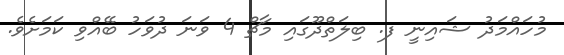
މުހައްމަދު ޝައިނީ ފ. ބިލަތްދޫގައި މާޗް 4 ވަނަ ދުވަހު ބޭއްވި ކަމަށެވެ.